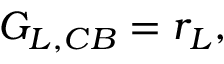
G _ { L , C B } = r _ { L } ,